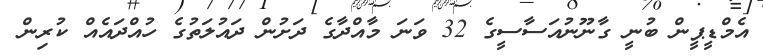
އެމްޑީޕީން ބުނީ ގާނޫނުއަސާސީގެ 32 ވަނަ މާއްދާގެ ދަށުން ދައުލަތުގެ ހުއްދައެއް ކުރިން